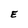
Character: E